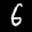
Label: 6